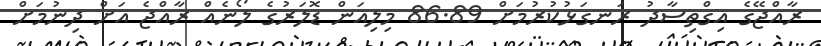
ރާއްޖޭގެ އިގްތިސާދު ރަނގަޅުކުރުމަށް 86.89 މިލިއަން ޑޮލަރުގެ ލޯނެއް ރާއްޖެ އަށް ދިނުމަށް